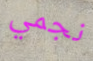
نجمي